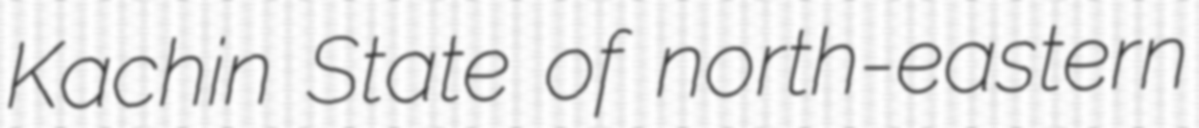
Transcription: Kachin State of north-eastern